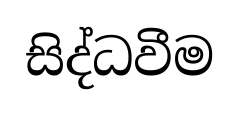
සිද්ධවීම